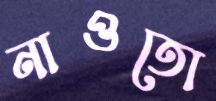
নাওতো